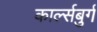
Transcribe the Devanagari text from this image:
कार्ल्सबुर्ग